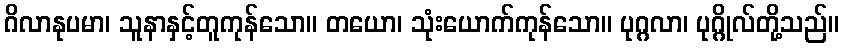
ဂိလာနုပမာ၊ သူနာနှင့်တူကုန်သော။ တယော၊ သုံးယောက်ကုန်သော။ ပုဂ္ဂလာ၊ ပုဂ္ဂိုလ်တို့သည်။